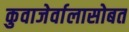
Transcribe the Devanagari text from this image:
कुवाजेर्वालासोबत